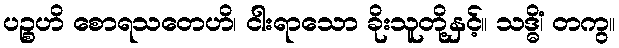
ပဉ္စဟိ စောရသတေဟိ၊ ငါးရာသော ခိုးသူတို့နှင့်။ သဒ္ဓိံ၊ တကွ။